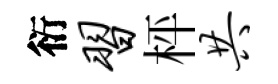
衍习枰共